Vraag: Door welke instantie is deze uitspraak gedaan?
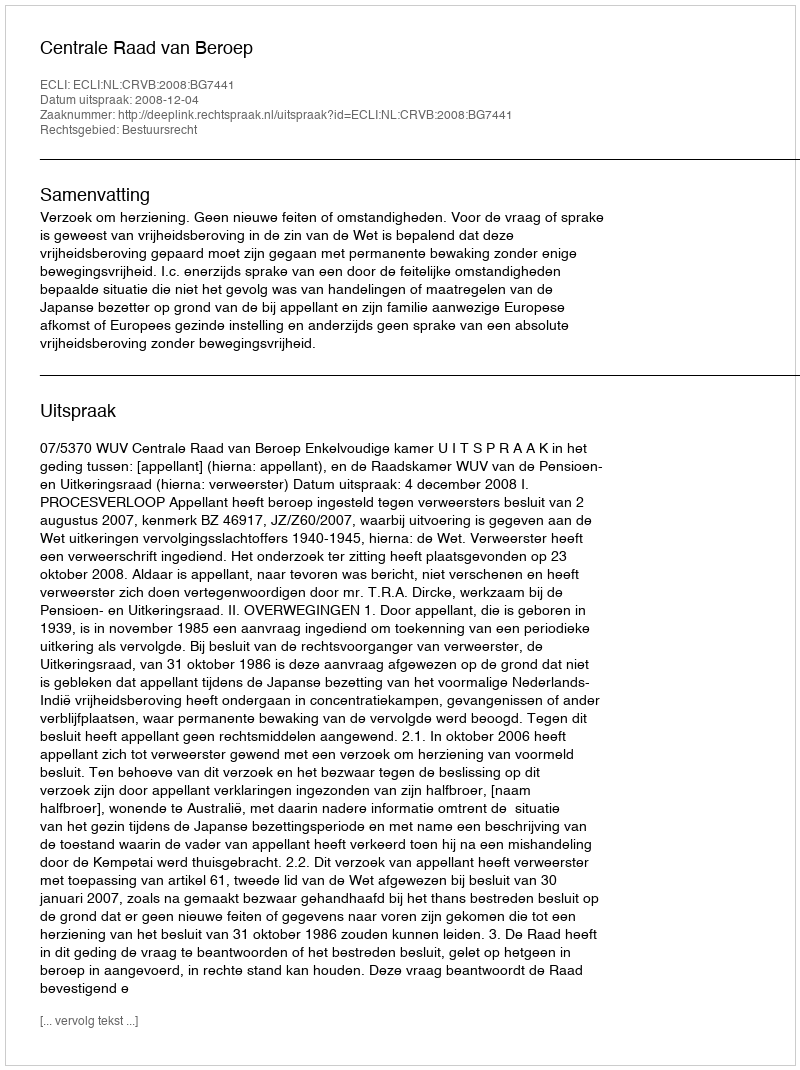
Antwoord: Centrale Raad van Beroep